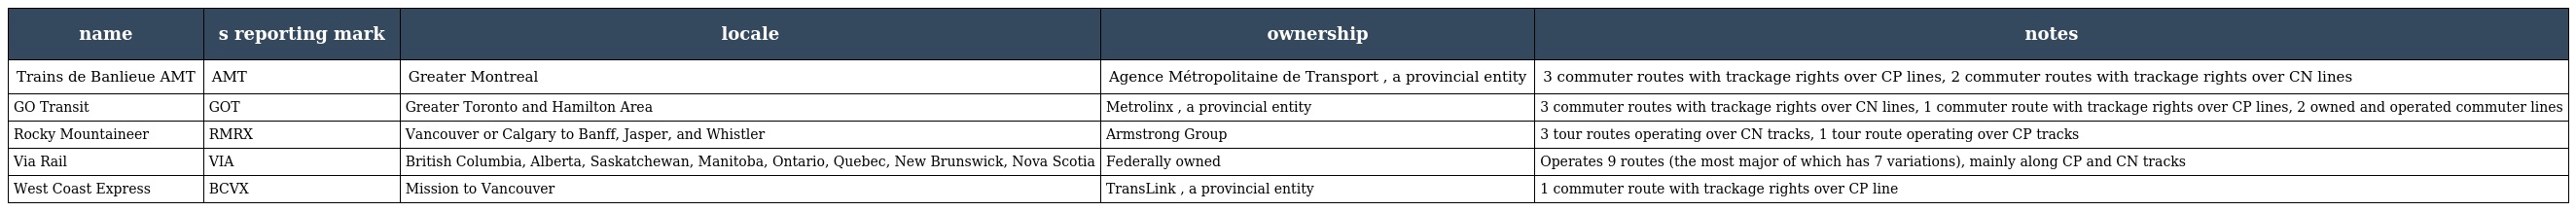
| name | s reporting mark | locale | ownership | notes |
 | --- | --- | --- | --- | --- |
 | Trains de Banlieue AMT | AMT | Greater Montreal | Agence Métropolitaine de Transport , a provincial entity | 3 commuter routes with trackage rights over CP lines, 2 commuter routes with trackage rights over CN lines |
 | GO Transit | GOT | Greater Toronto and Hamilton Area | Metrolinx , a provincial entity | 3 commuter routes with trackage rights over CN lines, 1 commuter route with trackage rights over CP lines, 2 owned and operated commuter lines |
 | Rocky Mountaineer | RMRX | Vancouver or Calgary to Banff, Jasper, and Whistler | Armstrong Group | 3 tour routes operating over CN tracks, 1 tour route operating over CP tracks |
 | Via Rail | VIA | British Columbia, Alberta, Saskatchewan, Manitoba, Ontario, Quebec, New Brunswick, Nova Scotia | Federally owned | Operates 9 routes (the most major of which has 7 variations), mainly along CP and CN tracks |
 | West Coast Express | BCVX | Mission to Vancouver | TransLink , a provincial entity | 1 commuter route with trackage rights over CP line |